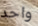
واحد